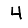
Digit: 4